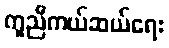
ကူညီကယ်ဆယ်ရေး